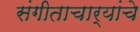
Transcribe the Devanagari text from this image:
संगीताचार्यांचे